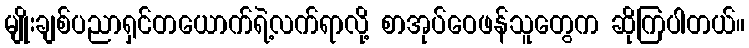
မျိုးချစ်ပညာရှင်တယောက်ရဲ့လက်ရာလို့ စာအုပ်ဝေဖန်သူတွေက ဆိုကြပါတယ်။